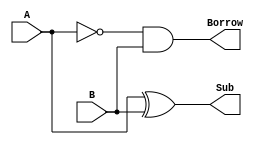
`timescale 1ns / 1ps
//////////////////////////////////////////////////////////////////////////////////
// Company: 
// Engineer: 
// 
// Design Name: 
// Module Name: Subtractor_HALF
// Project Name: 
// Target Devices: 
// Tool Versions: 
// Description: 
// 
// Dependencies: 
// 
// Revision:
// Revision 0.01 - File Created
// Additional Comments:
// 
//////////////////////////////////////////////////////////////////////////////////


module Subtractor_HALF(
    input A,
    input B,
    output Sub,
    output Borrow
    );
    assign Sub =A^B;
    assign Borrow =(~A&B);
endmodule